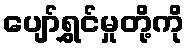
ပျော်ရွှင်မှုတို့ကို